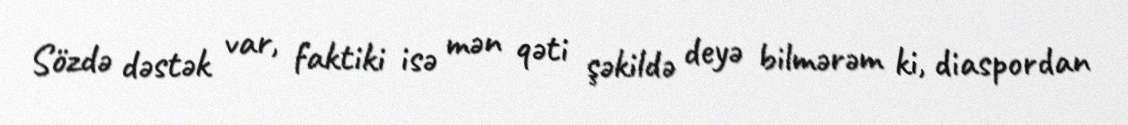
Sözdə dəstək var, faktiki isə mən qəti şəkildə deyə bilmərəm ki, diaspordan